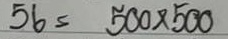
56 = 500x500